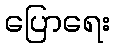
ပြောရေး